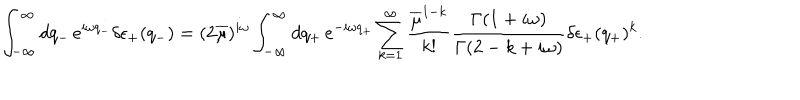
LaTeX: \int _ { - \infty } ^ { \infty } d q _ { - } \, e ^ { i \omega q _ { - } } \delta \epsilon _ { + } ( q _ { - } ) = ( 2 \overline { { \mu } } ) ^ { i \omega } \int _ { - \infty } ^ { \infty } d q _ { + } \, e ^ { - i \omega q _ { + } } \sum _ { k = 1 } ^ { \infty } \frac { \overline { { \mu } } ^ { 1 - k } } { k ! } \frac { \Gamma ( 1 + i \omega ) } { \Gamma ( 2 - k + i \omega ) } \delta \epsilon _ { + } ( q _ { + } ) ^ { k } .